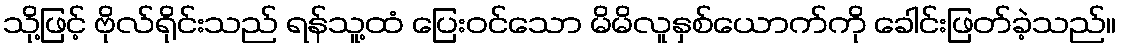
သို့ဖြင့် ဗိုလ်ရိုင်းသည် ရန်သူ့ထံ ပြေးဝင်သော မိမိလူနှစ်ယောက်ကို ခေါင်းဖြတ်ခဲ့သည်။